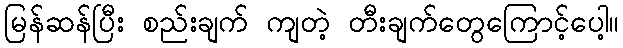
မြန်ဆန်ပြီး စည်းချက် ကျတဲ့ တီးချက်တွေကြောင့်ပေါ့။